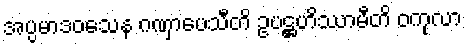
အပ္ပမာဒဝသေန ဂဏှာပေသီတိ ဥပဋ္ဌဟိဿာမီတိ ဝကုလာ